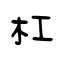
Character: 杠